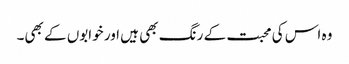
وہ اس کی محبت کے رنگ بھی ہیں اور خوابوں کے بھی۔